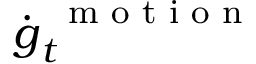
\dot { \boldsymbol g } _ { t } ^ { \mathrm { ~ \scriptsize ~ m ~ o ~ t ~ i ~ o ~ n ~ } }